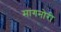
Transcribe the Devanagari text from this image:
मांगनोरी